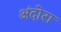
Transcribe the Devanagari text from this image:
अंदोरा